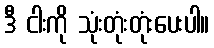
ဒီ ငါးကို သုံးတုံးတုံးပေးပါ။